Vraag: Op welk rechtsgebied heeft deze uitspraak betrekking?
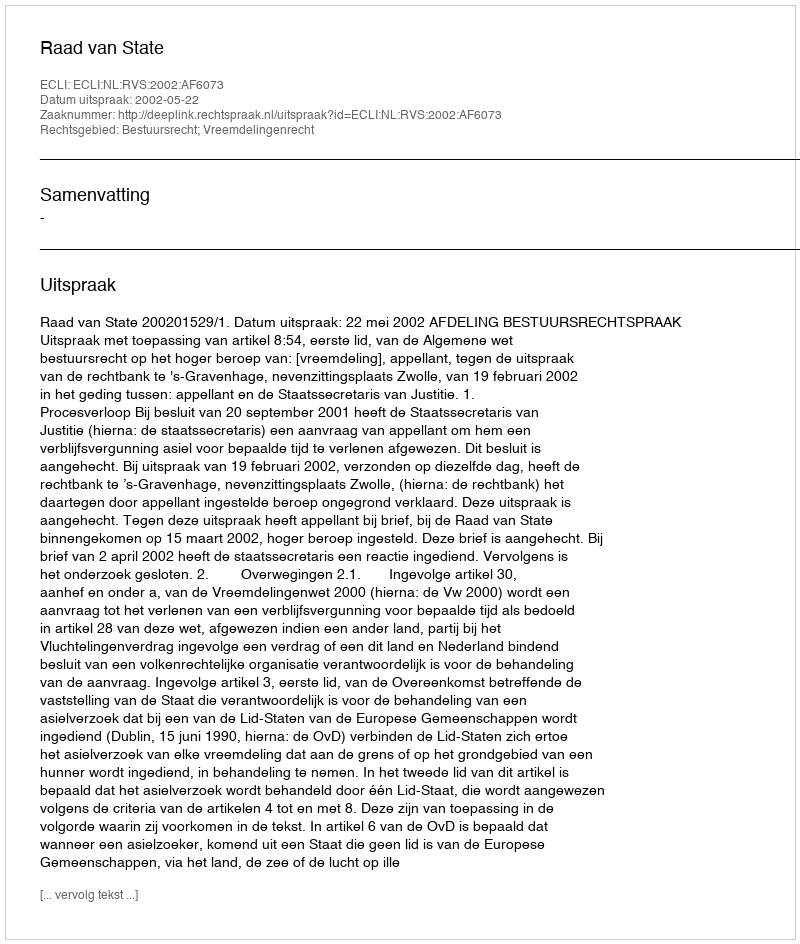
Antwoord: Bestuursrecht; Vreemdelingenrecht